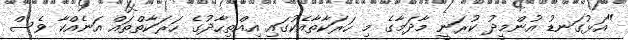
"އަޅުގަނޑު އުންމީދު ކުރަނީ މާދަމާގެ މި ހަރަކާތާއެކުގައި އިއްތިހާދުގެ ހަރަކާތްތައް އަނެއްކާ ވެސް